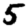
Digit: 5